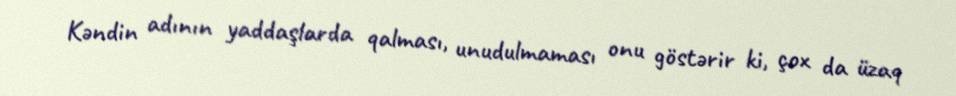
Kəndin adının yaddaşlarda qalması, unudulmaması onu göstərir ki, çox da üzaq